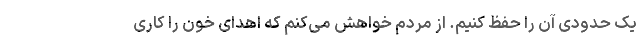
یک حدودی آن را حفظ کنیم. از مردم خواهش می‌کنم که اهدای خون را کاری